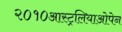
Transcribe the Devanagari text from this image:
२०१०आस्ट्रलियाओपेन